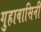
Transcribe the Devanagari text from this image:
गुहावासिनी